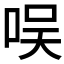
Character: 𠱐